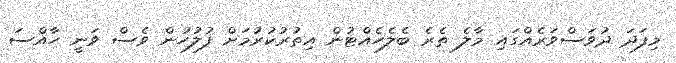
މިފަދަ ދުވަސްވަރެއްގައި މާލެ ތެރެ ބެލެހެއްޓުން އިތުރުކުރުމަށް ފުލުހުން ވެސް ވަނީ ހާއްސަ